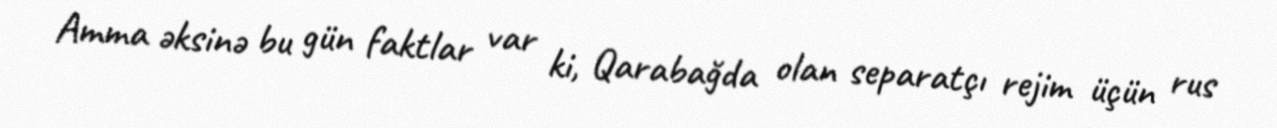
Amma əksinə bu gün faktlar var ki, Qarabağda olan separatçı rejim üçün rus